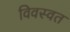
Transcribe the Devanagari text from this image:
विवस्वत